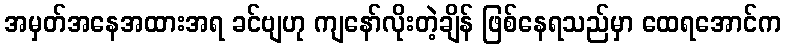
အမှတ်အနေအထားအရ ခင်ဗျဟု ကျနော်လိုးတဲ့ချိန် ဖြစ်နေရသည်မှာ ထေရအောင်က